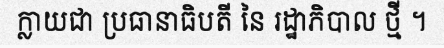
ក្លាយជា ប្រធានាធិបតី នៃ រដ្ឋាភិបាល ថ្មី ។